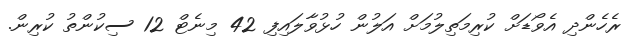
ރެހެންދި އެވޯޑަށް ކުރިމަތިލުމަށް އަލުން ހުޅުވާލައިފި 42 މިނެޓް 12 ސިކުންތު ކުރިން.